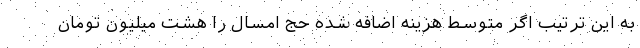
به این ترتیب اگر متوسط هزینه اضافه شده حج امسال را هشت میلیون تومان